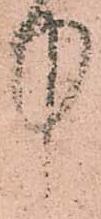
中